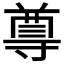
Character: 𭔿